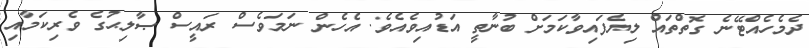
ދެމެހެއްޓޭނެ ގޮތްތައް ލިޔެފައިވާކަމަށް ބުނާތީ އަޑުއިވެއެވެ. އެެހެން ނަމަވެސް ރައީސް ޞާލިޙުގެ ވެރިކަމާއި